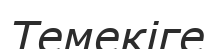
Темекіге